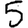
Digit: 5